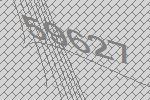
59627